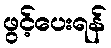
ဖွင့်ပေးရန်